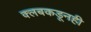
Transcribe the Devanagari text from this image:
क्लबकडूनही